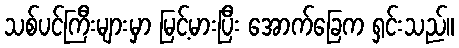
သစ်ပင်ကြီးများမှာ မြင့်မားပြီး အောက်ခြေက ရှင်းသည်။